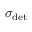
\sigma _ { \mathrm { d e t } }